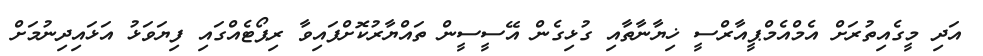
އަދި މީގެއިތުރަށް އެމްއެމްޕީއާރްސީ ޚިޔާނާތާއި ގުޅިގެން އޭސީސީން ތައްޔާރުކޮށްފައިވާ ރިޕޯޓެއްގައި ފިޔަވަޅު އަޅައިދިނުމަށް